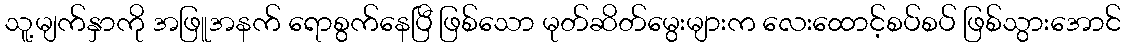
သူ့မျက်နှာကို အဖြူအနက် ရောစွက်နေပြီ ဖြစ်သော မုတ်ဆိတ်မွေးများက လေးထောင့်စပ်စပ် ဖြစ်သွားအောင်